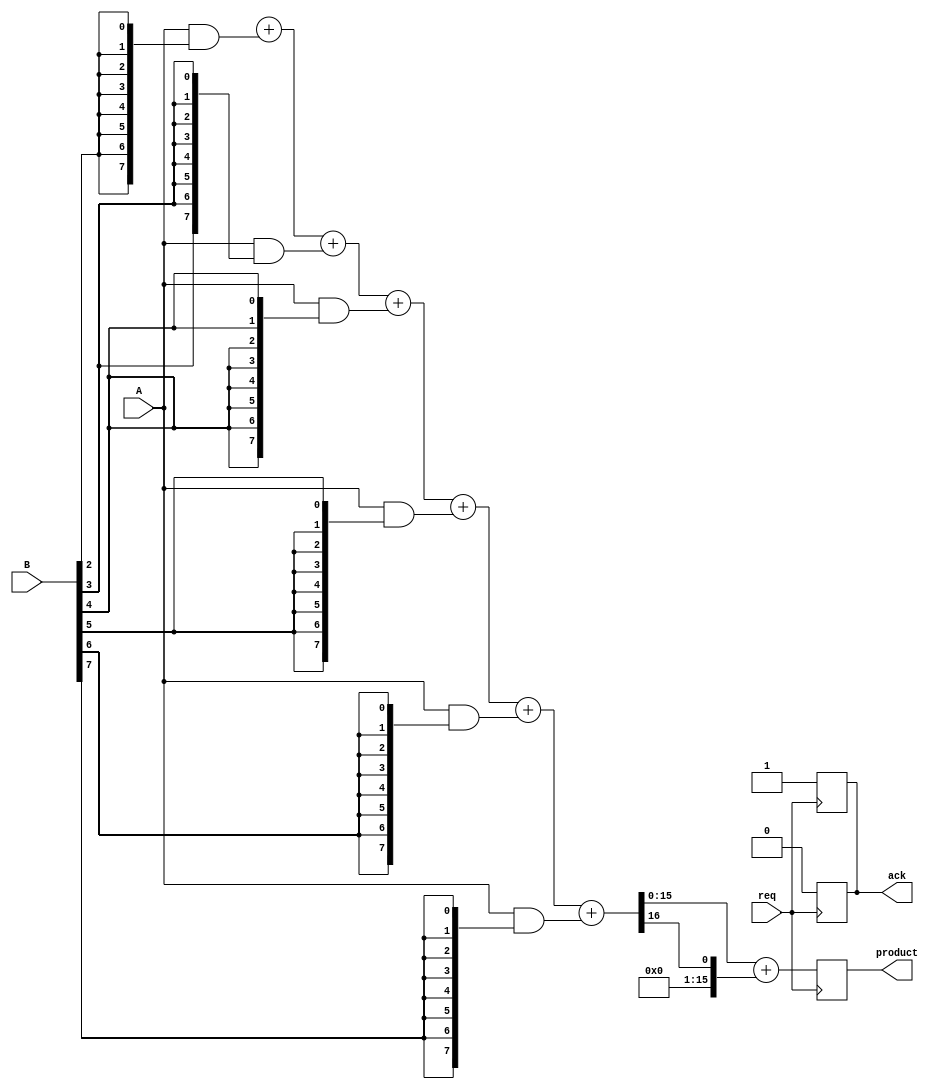
module async_wallace_tree_multiplier #(
    parameter A_WIDTH = 8,  // Width of operand A
    parameter B_WIDTH = 8   // Width of operand B
)(
    input  wire [A_WIDTH-1:0] A,         // Operand A
    input  wire [B_WIDTH-1:0] B,         // Operand B
    input  wire req,                     // Request signal
    output reg [A_WIDTH + B_WIDTH - 1:0] product, // Product output
    output reg ack                       // Acknowledge signal
);

    // Partial product generation
    wire [A_WIDTH-1:0] partial_products[B_WIDTH-1:0];
    genvar i;
    generate
        for (i = 0; i < B_WIDTH; i = i + 1) begin : pp_gen
            assign partial_products[i] = A & {A_WIDTH{B[i]}};
        end
    endgenerate

    // Wallace Tree Reduction
    wire [A_WIDTH + B_WIDTH - 1:0] sum_stage1 [B_WIDTH-1:0];
    wire [A_WIDTH + B_WIDTH - 1:0] carry_stage1 [B_WIDTH-1:0];
    
    // Initial stage to sum partial products (using half adders and full adders)
    // Note: This is a simplified version; a complete implementation would require
    // a proper Wallace tree structure with multiple stages and carry handling.
    wire [A_WIDTH + B_WIDTH - 1:0] sum;
    wire carry_out;

    assign {carry_stage1[0], sum_stage1[0]} = partial_products[0] + partial_products[1];
    
    generate
        for (i = 2; i < B_WIDTH; i = i + 1) begin : reduction_stage
            assign {carry_stage1[i], sum_stage1[i]} = sum_stage1[i-1] + partial_products[i];
        end
    endgenerate

    // Final product calculation (assuming last stage has been reduced to 2 numbers)
    assign {carry_out, sum} = sum_stage1[B_WIDTH-1] + carry_stage1[B_WIDTH-1];

    // Handshaking protocol
    always @(posedge req) begin
        product <= sum; // Load the product when request is received
        ack <= 1;       // Acknowledge the request
    end

    always @(negedge req) begin
        ack <= 0;       // Clear acknowledge when request is done
    end

endmodule